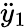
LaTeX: \ddot{y}_{1}